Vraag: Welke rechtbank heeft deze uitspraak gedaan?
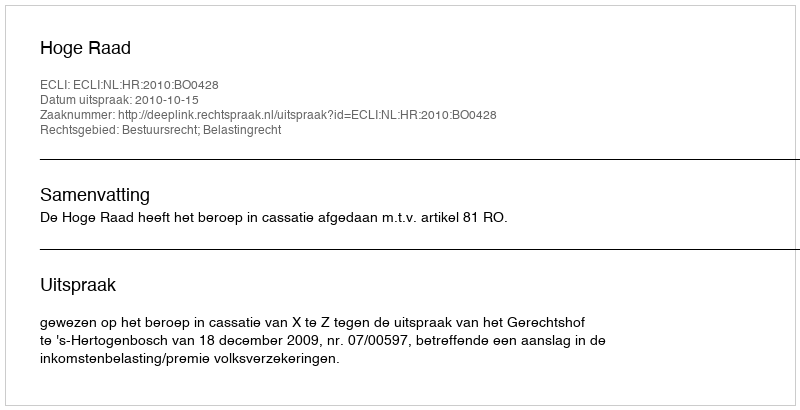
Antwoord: Hoge Raad